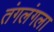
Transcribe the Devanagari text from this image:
तंगलंगला